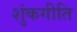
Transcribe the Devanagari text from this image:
शुंकगीति